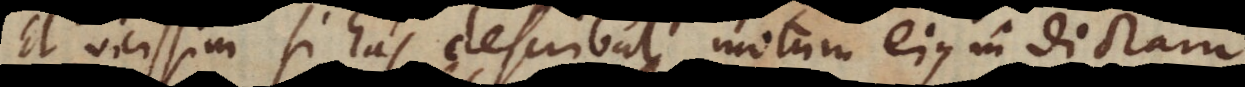
Et vicissim si has describat, motum ejus in dictam